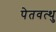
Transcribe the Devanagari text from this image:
पेतवत्थु